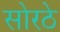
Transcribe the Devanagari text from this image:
सोरठे